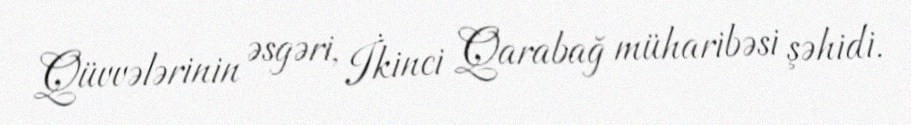
Qüvvələrinin əsgəri, İkinci Qarabağ müharibəsi şəhidi.